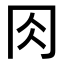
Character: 𠕎